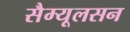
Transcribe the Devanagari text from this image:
सैम्यूलसन